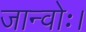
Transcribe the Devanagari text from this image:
जान्वोः।